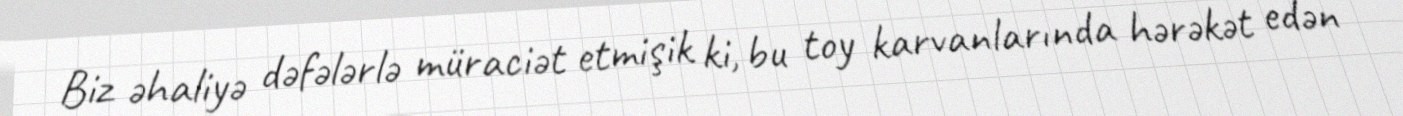
Biz əhaliyə dəfələrlə müraciət etmişik ki, bu toy karvanlarında hərəkət edən